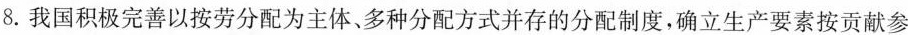
8.我国积极完善以按劳分配为主体、多种分配方式并存的分配制度，确立生产要素按贡献参